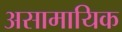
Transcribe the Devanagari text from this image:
असामायिक